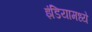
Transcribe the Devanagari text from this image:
इंडियामध्‍ये